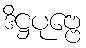
ဒိဋ္ဌပုဗ္ဗေ